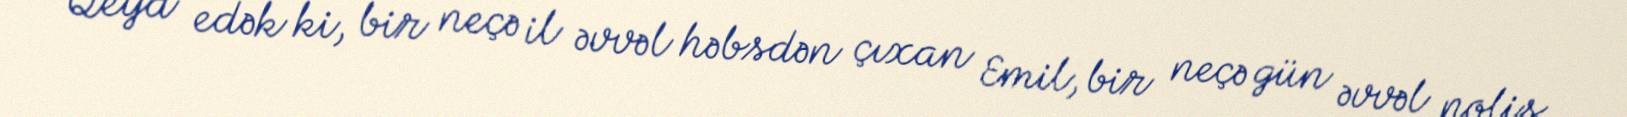
Qeyd edək ki, bir neçə il əvvəl həbsdən çıxan Emil, bir neçə gün əvvəl polis